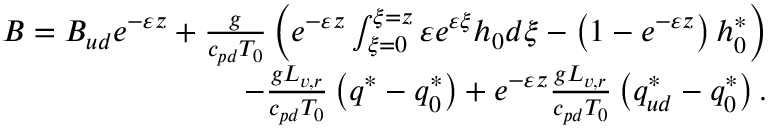
\begin{array} { r } { B = B _ { u d } e ^ { - \varepsilon z } + \frac { g } { c _ { p d } T _ { 0 } } \left( e ^ { - \varepsilon z } \int _ { \xi = 0 } ^ { \xi = z } \varepsilon e ^ { \varepsilon \xi } h _ { 0 } d \xi - \left( 1 - e ^ { - \varepsilon z } \right) h _ { 0 } ^ { * } \right) } \\ { - \frac { g L _ { v , r } } { c _ { p d } T _ { 0 } } \left( q ^ { * } - q _ { 0 } ^ { * } \right) + e ^ { - \varepsilon z } \frac { g L _ { v , r } } { c _ { p d } T _ { 0 } } \left( q _ { u d } ^ { * } - q _ { 0 } ^ { * } \right) . } \end{array}